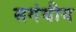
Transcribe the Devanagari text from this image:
सगंधीय